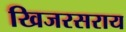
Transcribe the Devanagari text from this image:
खिजरसराय